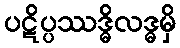
ပဋိပ္ပဿဒ္ဓိလဒ္ဓမှိ